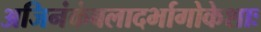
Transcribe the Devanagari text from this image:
अजिनंकंबलादर्भागोकेशाः